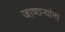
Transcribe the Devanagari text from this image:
जाणार्‍यांना